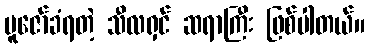
ပူဇော်ခံရတဲ့ သီလရှင် ဆရာကြီး ဖြစ်ပါတယ်။